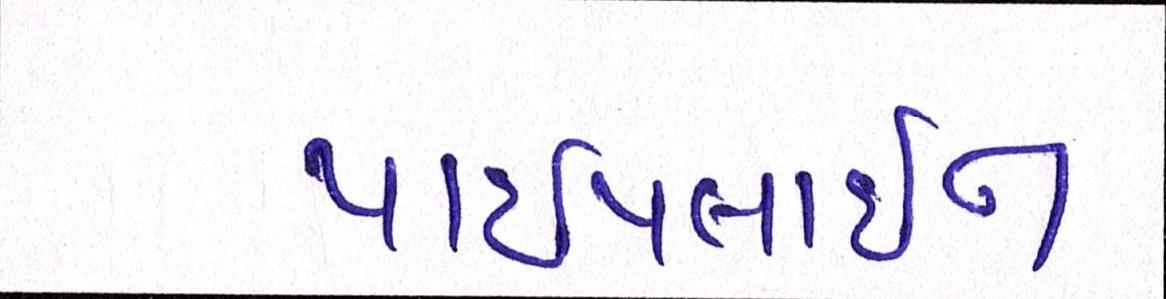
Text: પાઈપલાઈન